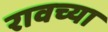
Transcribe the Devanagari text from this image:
रावच्या